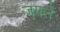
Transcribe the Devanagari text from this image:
जंगलें